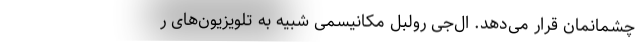
چشمانمان قرار می‌دهد. ال‌جی رولبل مکانیسمی شبیه به تلویزیون‌های ر